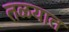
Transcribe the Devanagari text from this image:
तळयात